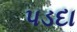
પડદા